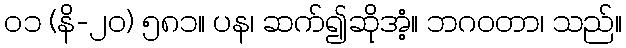
၀၁ (နိ-၂၀) ၅၈၁။ ပန၊ ဆက်၍ဆိုအံ့။ ဘဂဝတာ၊ သည်။